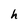
Character: h